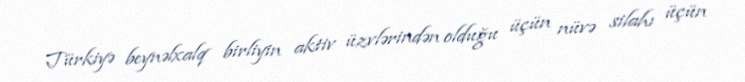
Türkiyə beynəlxalq birliyin aktiv üzvlərindən olduğu üçün nüvə silahı üçün